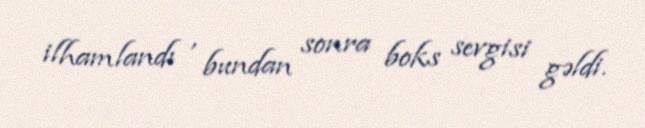
ilhamlandı , bundan sonra boks sevgisi gəldi.